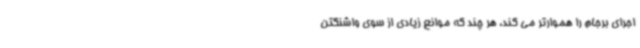
اجرای برجام را هموارتر می کند، هر چند که موانع زیادی از سوی واشنگتن